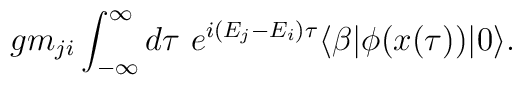
g m_{ji} \int_{-\infty}^\infty d\tau\ e^{i(E_j-E_i) \tau} \langle \beta | \phi(x(\tau)) |0\rangle.